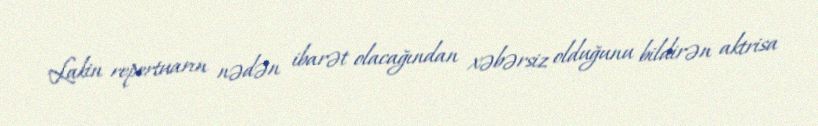
Lakin repertuarın nədən ibarət olacağından xəbərsiz olduğunu bildirən aktrisa